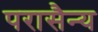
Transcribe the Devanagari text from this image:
परासैन्य